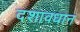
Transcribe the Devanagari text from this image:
दशावधान